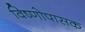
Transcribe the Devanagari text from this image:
विष्णोपासक